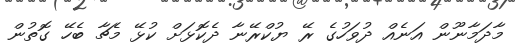
މާދަމާނޫން އަނެއް ދުވަހުގެ ރޭ ޔުކްރޭނާ ދެކޮޅަށް ކުޅޭ މެޗާ ބެހޭ ގޮތުން